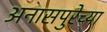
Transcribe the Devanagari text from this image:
अनासपुरेच्या